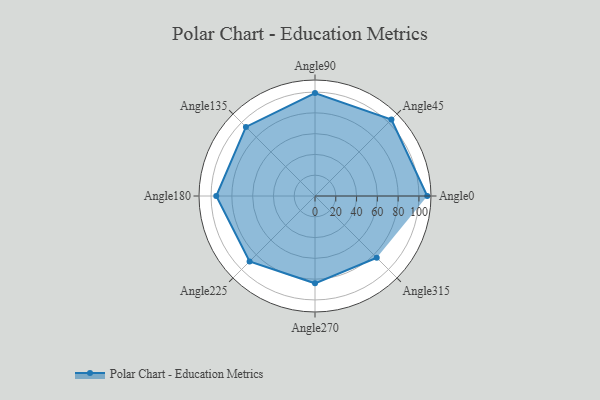
{"axis": {"x": "Angle", "y": "Radius"}, "legend": [""], "data": [{"x": "Angle0", "y": 108.0, "type": ""}, {"x": "Angle45", "y": 104.0, "type": ""}, {"x": "Angle90", "y": 99.0, "type": ""}, {"x": "Angle135", "y": 94.0, "type": ""}, {"x": "Angle180", "y": 95.0, "type": ""}, {"x": "Angle225", "y": 89.0, "type": ""}, {"x": "Angle270", "y": 84.0, "type": ""}, {"x": "Angle315", "y": 84.0, "type": ""}]}